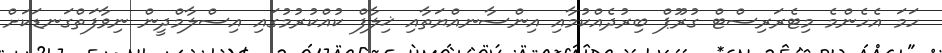
ހަމަ އެހެންމެ މިޓެރަރިސްޓް ގުރޫޕް ބިރުދެއްކުމާއި އިންސާނއްޔަތާއި ޚިލާފް ކުއްކުރުމުގައި އިސްލާމްދީން ނިވާފަތްގަނޑަކަށް